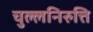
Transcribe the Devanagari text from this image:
चुल्लनिरुत्ति